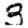
Digit: 3